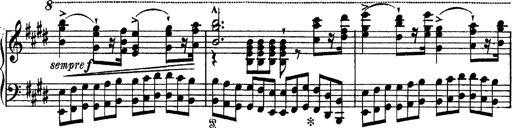
Title: Tarantelle di bravura dâ€™aprÃ¨s la tarantelle de La muette de Portici
Composer: Franz Liszt